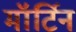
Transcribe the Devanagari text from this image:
मॉर्टिन